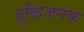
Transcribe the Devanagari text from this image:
व्रुद्धिजनक